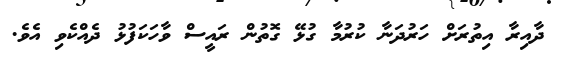
ދާއިރާ އިތުރަށް ހަރުދަނާ ކުރުމާ ގުޅޭ ގޮތުން ރައީސް ވާހަކަފުޅު ދެއްކެވި އެވެ.